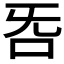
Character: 𣄮